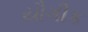
યૌગીક